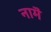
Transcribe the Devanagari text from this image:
नामॆ